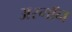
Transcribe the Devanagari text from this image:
अरगॉन